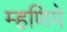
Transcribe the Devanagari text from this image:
म्हणिपे